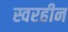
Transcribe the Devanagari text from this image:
स्वरहीन